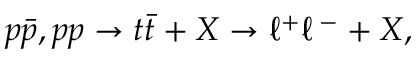
p { \bar { p } } , p p \rightarrow t { \bar { t } } + X \rightarrow \ell ^ { + } \ell \, ^ { - } + X ,